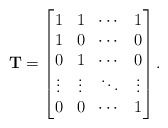
\begin{align*} \mathbf{T}=\begin{bmatrix} 1 &1 &\cdots &1\\ 1 &0 &\cdots &0\\ 0 &1 &\cdots &0\\ \vdots &\vdots &\ddots &\vdots\\ 0 &0 &\cdots &1 \end{bmatrix}.\end{align*}